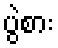
ပွဲစား